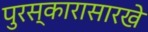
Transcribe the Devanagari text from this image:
पुरस्कारासारखे